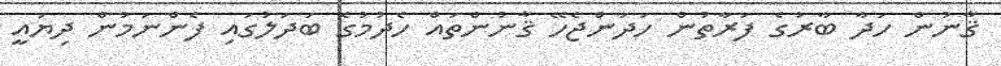
ޤާނުން ހަދާ ބާރުގެ ފަރާތުން ހަދަންޖެހޭ ޤާނުންތައް ހެދުމުގެ ބަދަލުގައި ފެންނަމުން ދިޔައީ